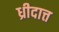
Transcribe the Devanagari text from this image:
ध्रीदात्त